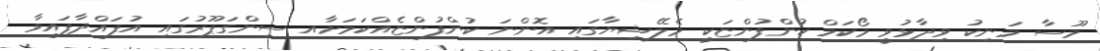
މޫސާ މަނިކު ވިދާޅުވީ މޯކަމް ކުންފުންޏަކީ މެލޭޝިޔާގައި އޮންނަ ކުންފުންޏެއްކަމަށާއ ސިންގަޕޫރުގައި އުފައްދާފައިވާ